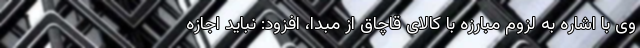
وی با اشاره به لزوم مبارزه با کالای قاچاق از مبدا، افزود: نباید اجازه